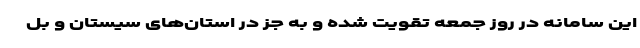
این سامانه در روز جمعه تقویت شده و به جز در استان‌های سیستان و بل